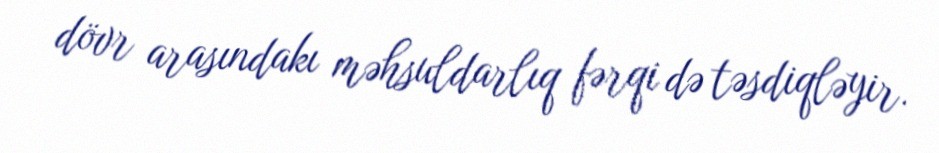
dövr arasındakı məhsuldarlıq fərqi də təsdiqləyir.